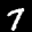
Label: 7